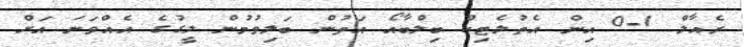
ރެއާލް 1-0 އިން އެތުލެޓިކް ބިލްބާއޯ އަތުން ބަލިވުމުން ލީގުގެ އެއްވަނަ އަށް